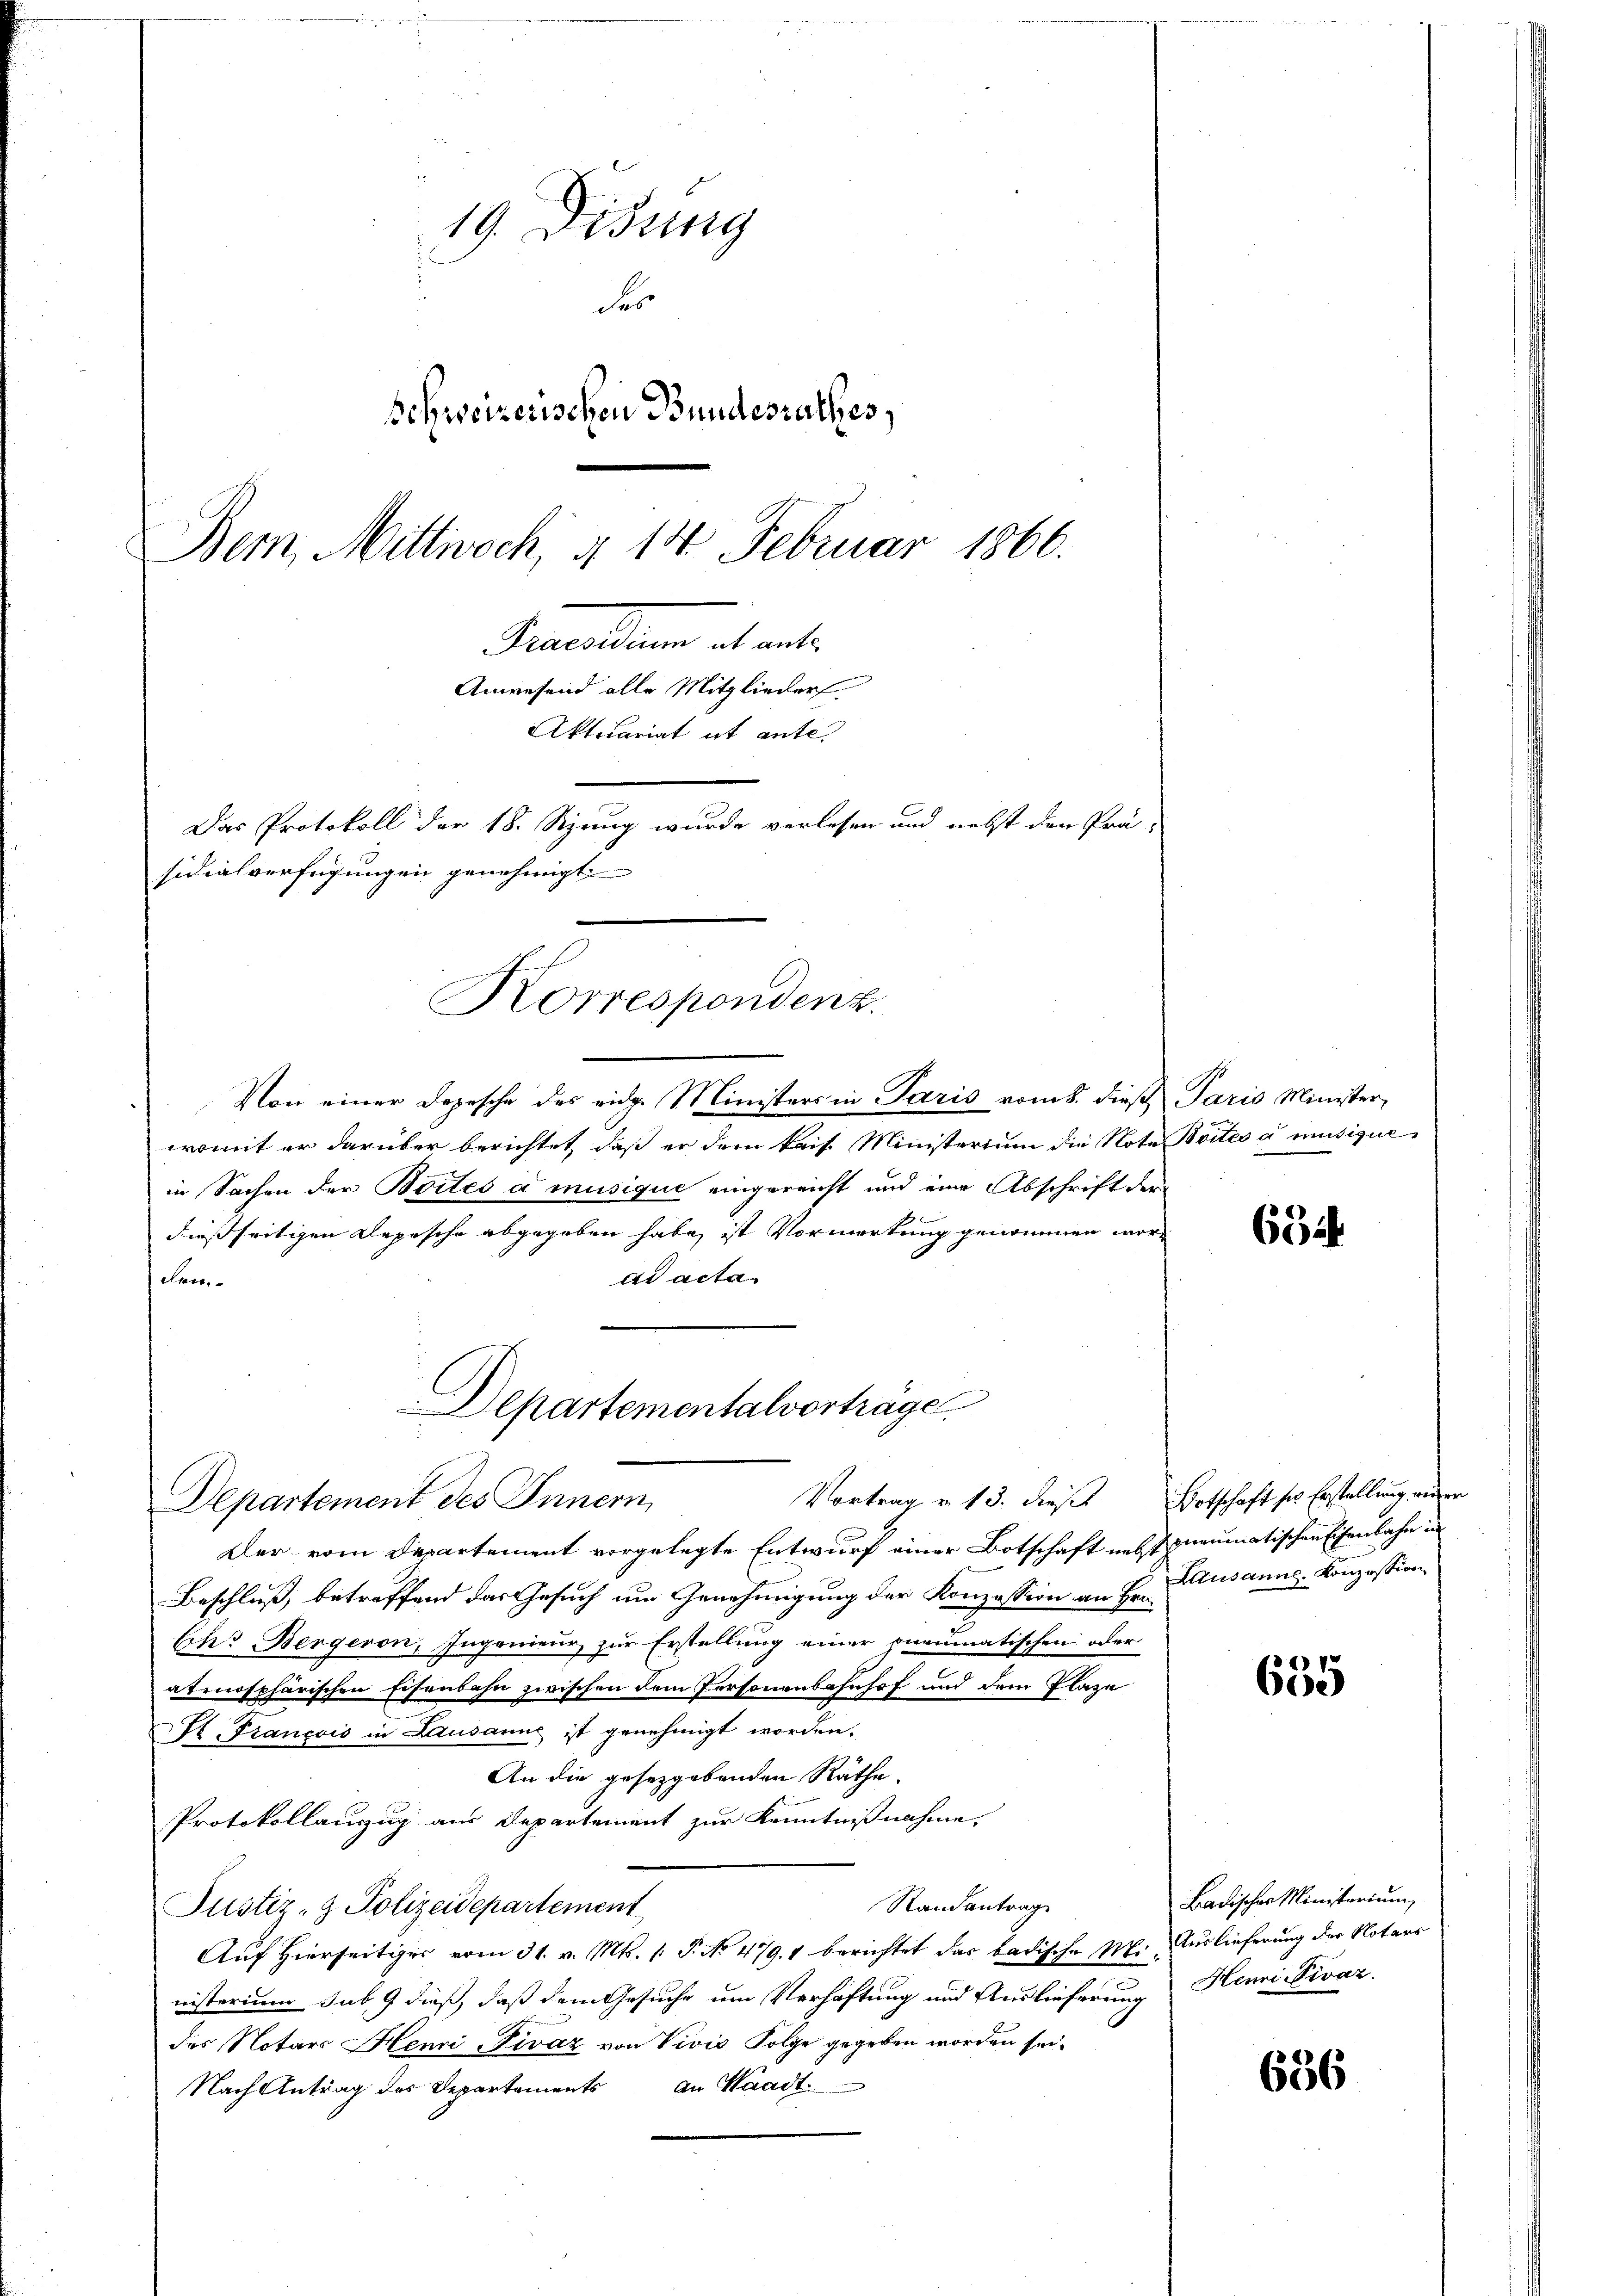
19. Disung
der
schweizerischen Bundesrathes,
Bern, Mittwoch, § 14. Februar 1866.

Von einer Depesche des eidge Ministers in Paris vom 8. dieß Paris Minister,
womit er darüber berichtet, daß er dem kais. Ministerium die Note Seites a musique
in Sachen der Bortes a musique eingereicht und eine Abschrift der
dießseitigen Depesche abgegeben habe, ist Vormerkung genommen worad acte
den.
Der vom Departement vorgelegte Entwurf einer Botschaft nebst neumatischen Eisenbahn in
Beschluß, betreffend das Gesuch um Genehmigung der Konzession an Hr. Kausanne, Konzession
Ehr Bergeron, Ingenieur zur Erstellung einer pneumatischen oder
atmosphärischen Eisenbahn zwischen dem Personenbahnhof und dem Plaze
K. Francois in Lausanns ist genehmigt worden.
An die gesetzgebenden Räthe.
Protokollauszug aus Departement zur Kenntnißnahme,
Stand antrag
Justiz- & Polizeidepartement
Auf hierseitiger vom 31. v. Mts. /: P. No 479. 1 berichtet das badische M. Auslieferung der Notars
nisterium sub 9 dieß, daß dem Gesuche um Verhaftung und Auslieferung Henri-Pivaz.
des Notars Henri-Pivaz von Vivis Folge gegeben worden sei.
Nach Antrag des Departements an Waadt.

Arealien die nat
Anwesend alle Mitglieder
Aktuariat it ente.
Das Protokoll der 18. Szung wurde verlesen und nebst den Prä-
sidialverfügungen genehmigt
Korrespondenz.

Departementalvortrage
Vortrag v. 13. dieß Botschaft so Erstellung ander
Departement des Innern

65 i

635

Badischer Ministerium

636